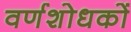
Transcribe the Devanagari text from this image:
वर्णशोधकों